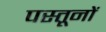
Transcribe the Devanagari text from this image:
पस्तूनों